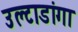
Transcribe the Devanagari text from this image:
उल्टाडांगा